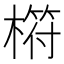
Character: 𣘧